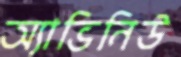
অ্যাভিনিউ